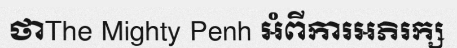
ថាThe Mighty Penh អំពីការអភិរក្ស